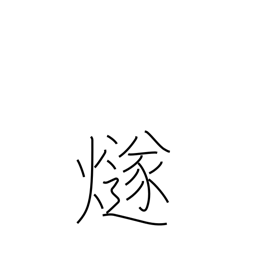
Meaning: signal fire